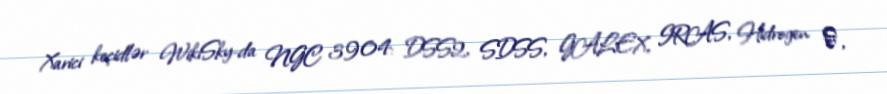
Xarici keçidlər WikiSky-da NGC 3904: DSS2, SDSS, GALEX, IRAS, Hidrogen α,